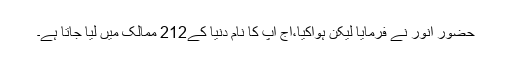
حضورِ انور نے فرمایا لیکن ہواکیا،آج آپؑ کا نام دنیا کے212 ممالک میں لیا جاتا ہے۔